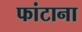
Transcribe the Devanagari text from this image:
फांटाना